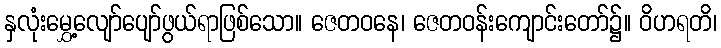
နှလုံးမွှေ့လျော်ပျော်ဖွယ်ရာဖြစ်သော။ ဇေတဝနေ၊ ဇေတဝန်းကျောင်းတော်၌။ ဝိဟရတိ၊